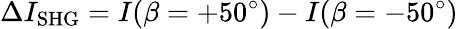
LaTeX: \Delta I_{\mathrm{SHG}}=I(\beta=+50^{\circ})-I(\beta=-50^{\circ})